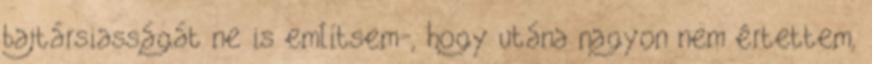
bajtársiasságát ne is említsem-, hogy utána nagyon nem értettem,